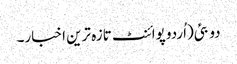
دو بئی(اُردو پوائنٹ تازہ ترین اخبار۔